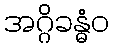
အဂ္ဂိခန္ဓံဝ